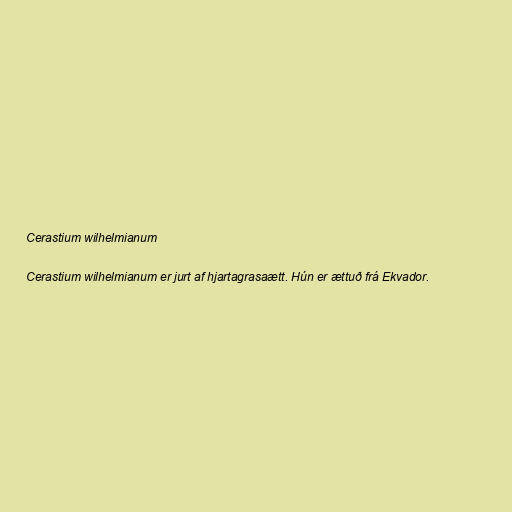
Cerastium wilhelmianum

Cerastium wilhelmianum er jurt af hjartagrasaætt. Hún er ættuð frá Ekvador.